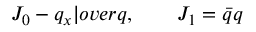
J _ { 0 } - { q _ { x } | o v e r q } , \qquad J _ { 1 } = \bar { q } q